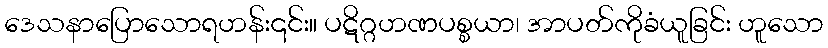
ဒေသနာပြောသောရဟန်း၎င်း။ ပဋိဂ္ဂဟဏပစ္စယာ၊ အာပတ်ကိုခံယူခြင်း ဟူသော